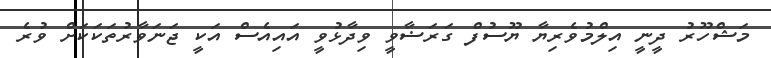
މަޝްހޫރު ދީނީ އިލްމުވެރިޔާ ޔޫސުފް ގަރަޟާވީ ވިދާޅުވީ އައިއެެސް އަކީ ޖަނަވާރުތަަކަކަށް ވުރެ